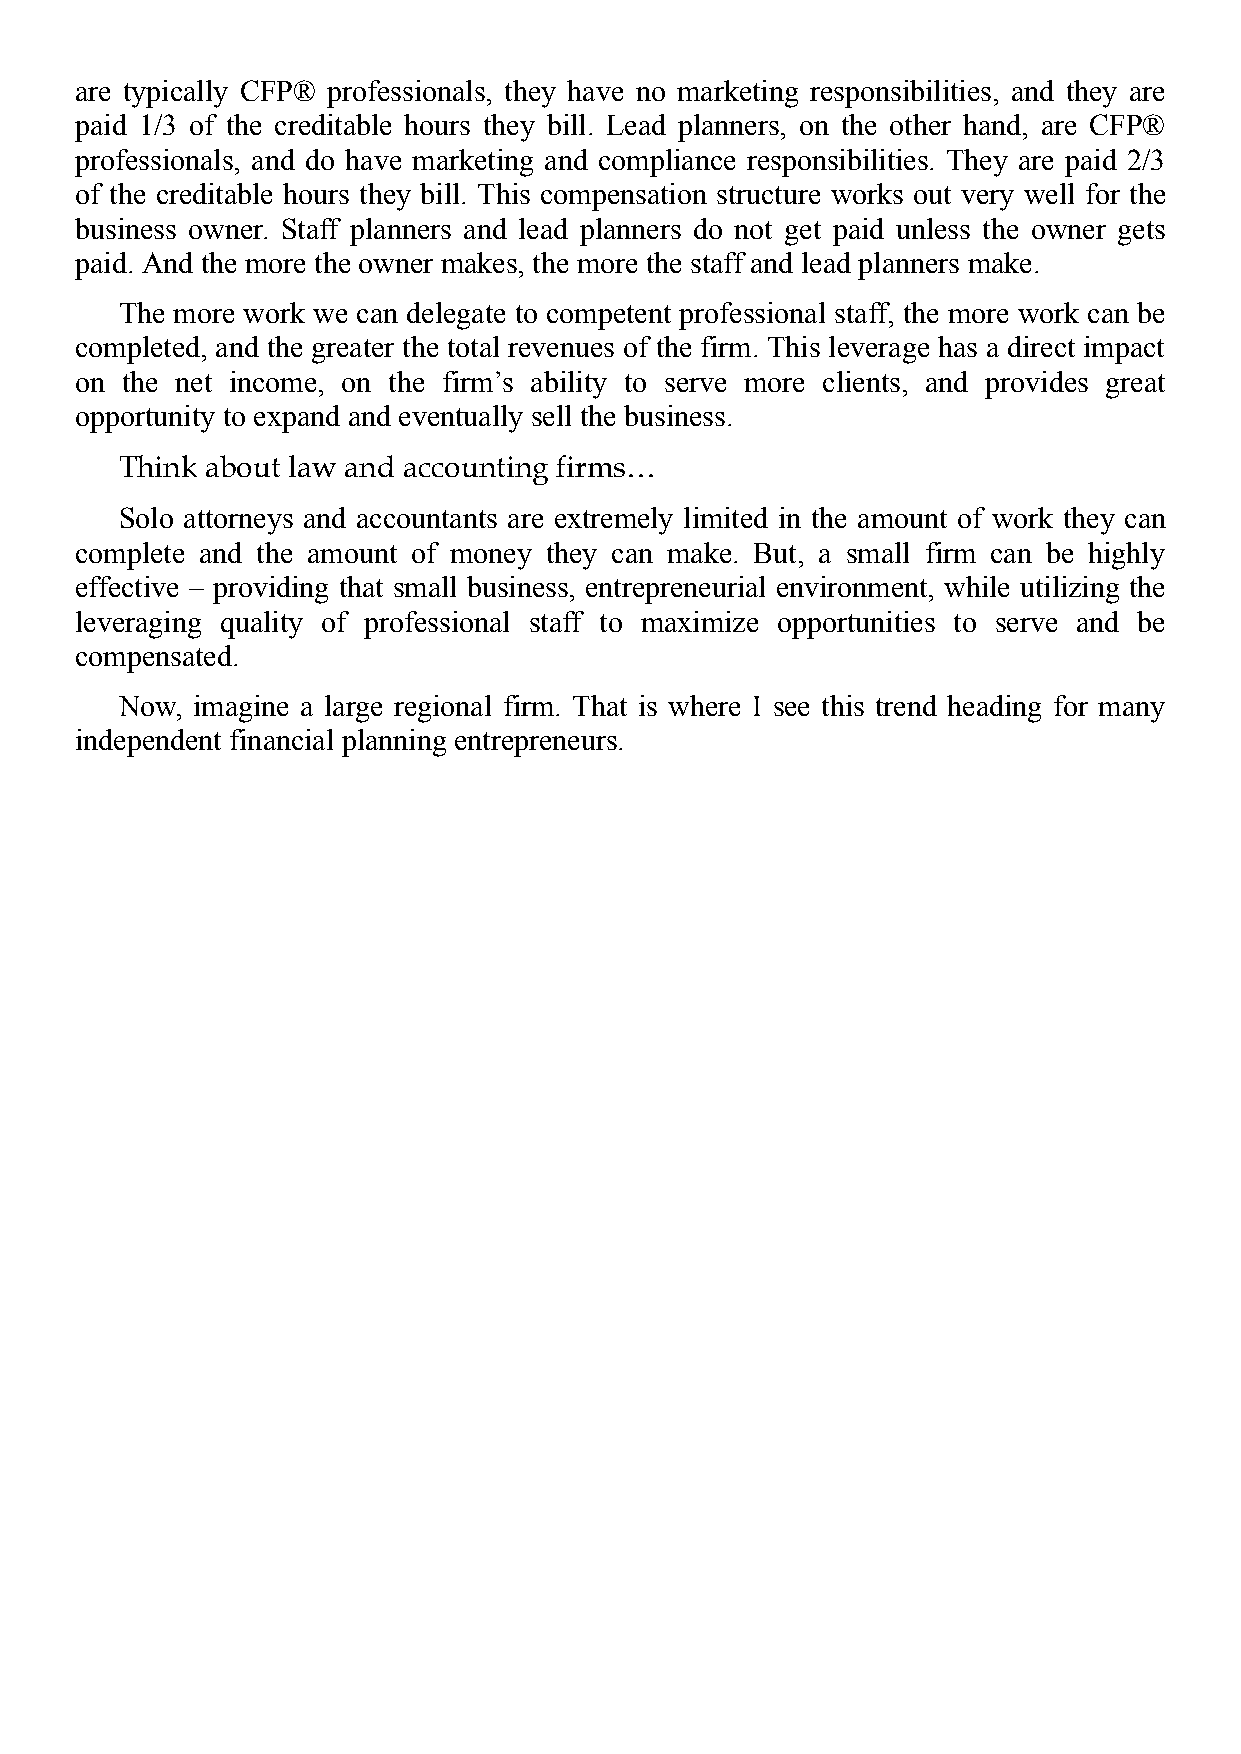
are typically CFP® professionals, they have no marketing responsibilities, and they are
 paid 1/3 of the creditable hours they bill. Lead planners, on the other hand, are CFP®
 professionals, and do have marketing and compliance responsibilities. They are paid 2/3
 of the creditable hours they bill. This compensation structure works out very well for the
 business owner. Staff planners and lead planners do not get paid unless the owner gets
 paid. And the more the owner makes, the more the staff and lead planners make.
 The more work we can delegate to competent professional staff, the more work can be
 completed, and the greater the total revenues of the firm. This leverage has a direct impact
 on the net income, on the firm’s ability to serve more clients, and provides great
 opportunity to expand and eventually sell the business.
 Think about law and accounting firms…
 Solo attorneys and accountants are extremely limited in the amount of work they can
 complete and the amount of money they can make. But, a small firm can be highly
 effective – providing that small business, entrepreneurial environment, while utilizing the
 leveraging quality of professional staff to maximize opportunities to serve and be
 compensated.
 Now, imagine a large regional firm. That is where I see this trend heading for many
 independent financial planning entrepreneurs.